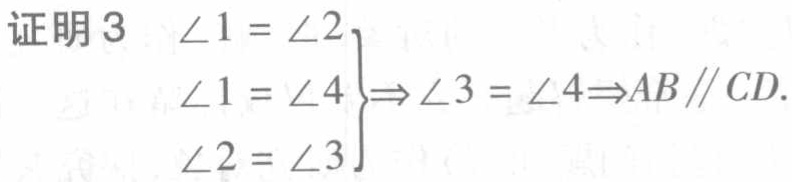
证明3
\[\left.
\begin{array}{l}
\angle 1 = \angle 2\\
\angle 1 = \angle 4\\
\angle 2 = \angle 3
\end{array}
\right\}
\Rightarrow \angle 3 = \angle 4\Rightarrow AB\parallel CD.\]